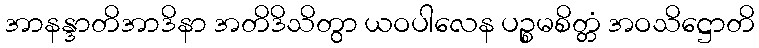
အာနန္ဒာတိအာဒိနာ အတိဒိသိတွာ ယဝပါလေန ပဉ္စမစိတ္တံ အဝသိဋ္ဌောတိ